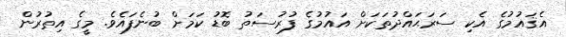
އެޤައުމުގެ އެކި ސަރަޙައްދުތަކަށް އައުމުގެ ފުރުސަތު ބޮޑު ކަމަށް ބުނެފައެވެ. މީގެ އިތުރުން